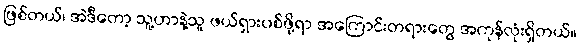
ဖြစ်တယ်၊ အဲဒီတော့ သူ့ဟာနဲ့သူ ဖယ်ရှားပစ်ဖို့ရာ အကြောင်းတရားတွေ အကုန်လုံးရှိတယ်။